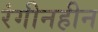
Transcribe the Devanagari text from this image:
रंगीनहीन